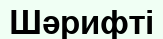
Шәрифті